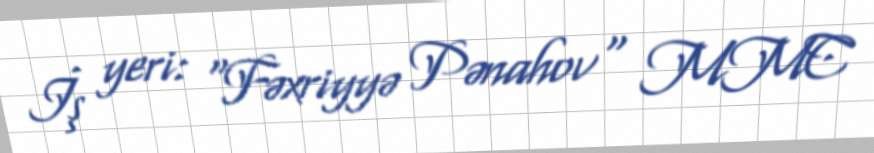
İş yeri: "Fəxriyyə Pənahov" MMC